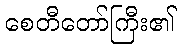
စေတီတော်ကြီး၏